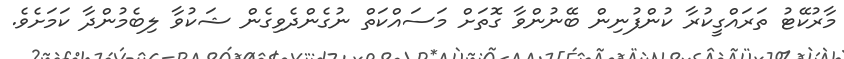
މާރުކޭޓު ތަރައްގީކުރާ ކުންފުނިން ބޭނުންވާ ގޮތަށް މަސައްކަތް ނުގެންދެވިގެން ޝަކުވާ ލިބެމުންދާ ކަމަށެވެ.